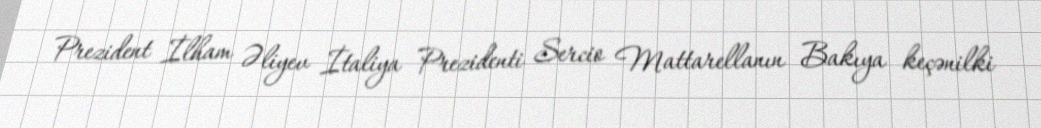
Prezident İlham Əliyev İtaliya Prezidenti Sercio Mattarellanın Bakıya keçənilki